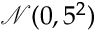
\mathcal { N } ( 0 , 5 ^ { 2 } )